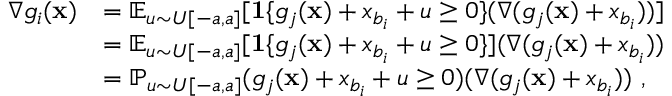
\begin{array} { r l } { \nabla g _ { i } ( \mathbf x ) } & { = \mathbb { E } _ { u \sim U [ - a , a ] } [ \mathbf { 1 } \{ g _ { j } ( \mathbf x ) + x _ { b _ { i } } + u \ge 0 \} ( \nabla ( g _ { j } ( \mathbf x ) + x _ { b _ { i } } ) ) ] } \\ & { = \mathbb { E } _ { u \sim U [ - a , a ] } [ \mathbf { 1 } \{ g _ { j } ( \mathbf x ) + x _ { b _ { i } } + u \ge 0 \} ] ( \nabla ( g _ { j } ( \mathbf x ) + x _ { b _ { i } } ) ) } \\ & { = \mathbb { P } _ { u \sim U [ - a , a ] } ( g _ { j } ( \mathbf x ) + x _ { b _ { i } } + u \ge 0 ) ( \nabla ( g _ { j } ( \mathbf x ) + x _ { b _ { i } } ) ) ~ , } \end{array}